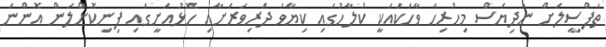
ތަފްސީލަށް ނުދިޔަސް މިހުރިހާ ވާހަކައަކީ ކުލާހުގައި ކިޔާވަ ދަރިވަރަށާއި ހޮޅުއަށީގައި ފިނިކޮށްލަން އޮންނަ